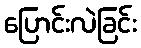
ပြောင်းလဲခြင်း